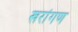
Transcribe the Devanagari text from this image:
खरांगण